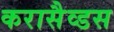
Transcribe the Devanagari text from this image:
करासैव्डस